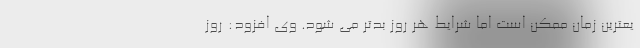
یعترین زمان ممکن است اما شرایط هر روز بدتر می شود. وی افزود: روز